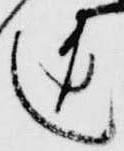
道